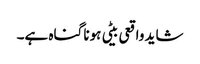
شاید واقعی بیٹی ہونا گناہ ہے۔